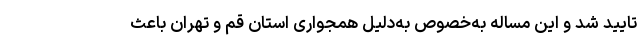
تایید شد و این مساله به‌خصوص به‌دلیل همجواری استان قم و تهران باعث